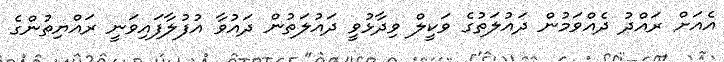
އެއަށް ރައްދު ދެއްވަމުން ދައުލަތުގެ ވަކީލް ވިދާޅުވީ ދައުލަތުން ދައުވާ އުފުލާފައިވަނީ ރައްޔިތުންގެ